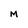
Character: M